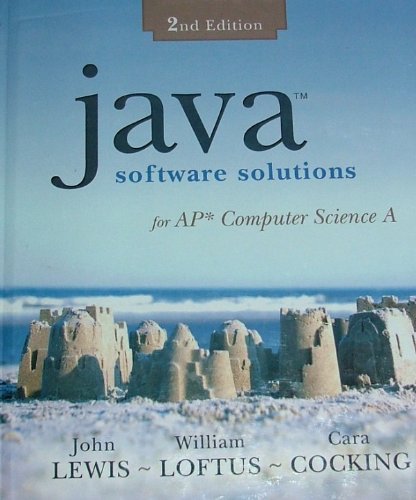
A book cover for Java Software Solutions: For AP Computer Science A; John Lewis; Teen & Young Adult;